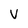
Character: V